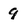
Character: 9